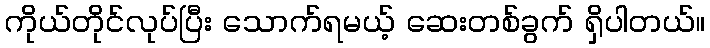
ကိုယ်တိုင်လုပ်ပြီး သောက်ရမယ့် ဆေးတစ်ခွက် ရှိပါတယ်။